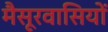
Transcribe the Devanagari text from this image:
मैसूरवासियों